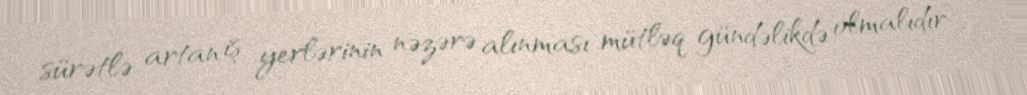
sürətlə artan iş yerlərinin nəzərə alınması mütləq gündəlikdə olmalıdır”.